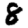
Digit: 8